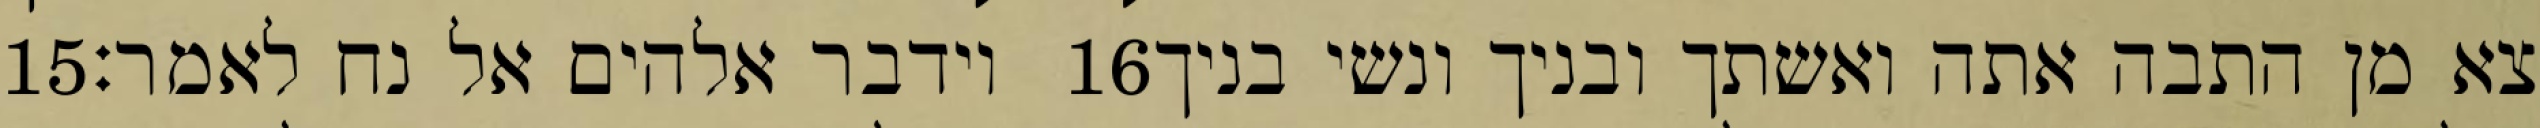
‎15‏ וידבר אלהים אל נח לאמר׃ ‎16‏ צא מן התבה אתה ואשתך ובניך ונשי בניך